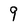
Character: 9